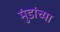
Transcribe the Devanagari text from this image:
मुंडांच्या